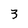
Character: 3